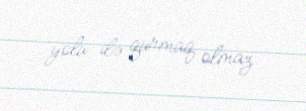
yolu ilə qurmaq olmaz.